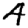
Digit: 4